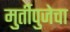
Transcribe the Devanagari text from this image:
मुर्तीपुजेचा